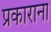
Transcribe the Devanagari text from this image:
प्रकाराना